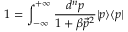
1 = { \int _ { - \infty } ^ { + \infty } \frac { d ^ { n } p } { 1 + \beta \vec { p } ^ { 2 } } } \vert p \rangle \langle p \vert